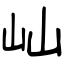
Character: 屾